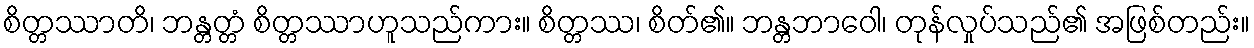
စိတ္တဿာတိ၊ ဘန္တတ္တံ စိတ္တဿာဟူသည်ကား။ စိတ္တဿ၊ စိတ်၏။ ဘန္တဘာဝေါ၊ တုန်လှုပ်သည်၏ အဖြစ်တည်း။